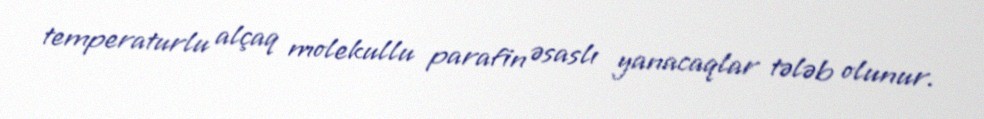
temperaturlu alçaq molekullu parafin əsaslı yanacaqlar tələb olunur.